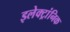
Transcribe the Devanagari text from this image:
इलेक्ट्रांनिक